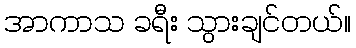
အာကာသ ခရီး သွားချင်တယ်။